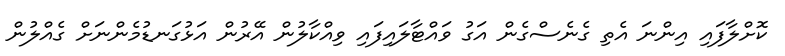
ކޮށްލާފައި އިންނަ އެތި ގެނެސްގެން އަގު ވައްޓާލައިފައި ވިއްކާލުން އޭރުން އަޅުގަނޑުމެންނަށް ގެއްލުން